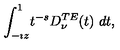
\displaystyle { \int _ { - \imath z } ^ { 1 } } t ^ { - s } \displaystyle { D _ { \nu } ^ { T E } ( t ) } \ d t ,